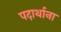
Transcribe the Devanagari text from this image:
पदार्थाना